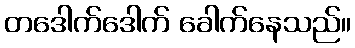
တဒေါက်ဒေါက် ခေါက်နေသည်။